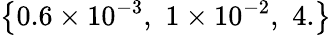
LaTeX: \left\{ 0.6\times 10^{-3},\, \, 1\times 10^{-2},\, \, 4.\right\}